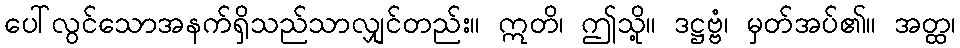
ပေါ်လွင်သောအနက်ရှိသည်သာလျှင်တည်း။ ဣတိ၊ ဤသို့။ ဒဋ္ဌဗ္ဗံ၊ မှတ်အပ်၏။ အတ္ထ၊